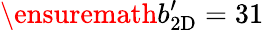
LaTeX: \ensuremath{b_{\mathrm{2D}}^{\prime}}=31